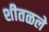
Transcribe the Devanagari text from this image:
शीतळले